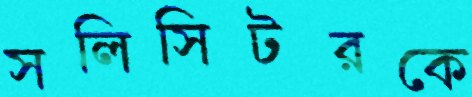
সলিসিটরকে